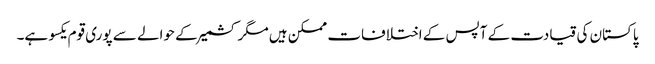
پاکستان کی قیادت کے آپس کے اختلافات ممکن ہیں مگر کشمیر کے حوالے سے پوری قوم یکسو ہے۔